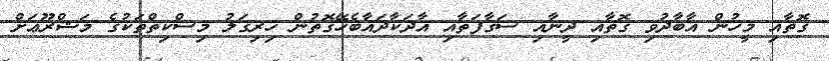
ގޮތާއި މީހުން އާބާދުވި ގޮތާއި ދީނާއި ސަގާފަތާއި އާދަކާދައާބެހޭގޮތުން ހިރިގަލު މިސްކިތްތަކުގެ މަޝްރޫޢަށް